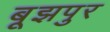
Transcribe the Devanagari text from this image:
बूझपुर